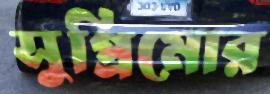
সুপ্রিমোর